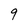
Character: 9